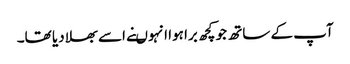
آپ کے ساتھ جو کچھ برا ہوا انہوںنے اسے بھلا دیا تھا۔